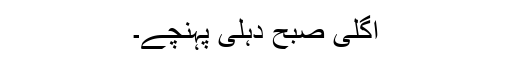
اگلی صبح دہلی پہنچے۔